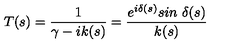
T ( s ) = { \frac { 1 } { \gamma - i k ( s ) } } = { \frac { e ^ { i \delta ( s ) } s i n \ \delta ( s ) } { k ( s ) } }